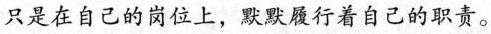
只是在自己的岗位上，默默履行着自己的职责。